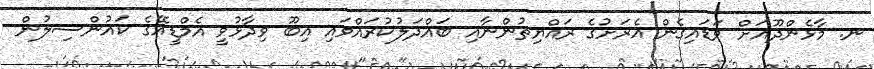
ނ. މާޅެންދޫއަށް ވަޑައިގެން އެރަށުގެ ރައްޔިތުންނާއި ބައްދަލުކުރައްވައި އިބޫ ވިދާޅުވީ އެމްޑީއޭގެ ކައުންސިލުން